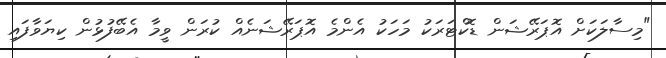
"މިސާލަކަށް އޮޕަރޭޝަން ޑޮކްޓަރަކު މަހަކު އެންމެ އޮޕަރޭޝަނެއް ކުރަން ވީމާ އެބޭފުޅުން ކިޔަވާފައި